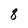
Character: 8